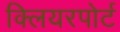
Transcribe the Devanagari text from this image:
क्लियरपोर्ट